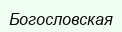
Богословская